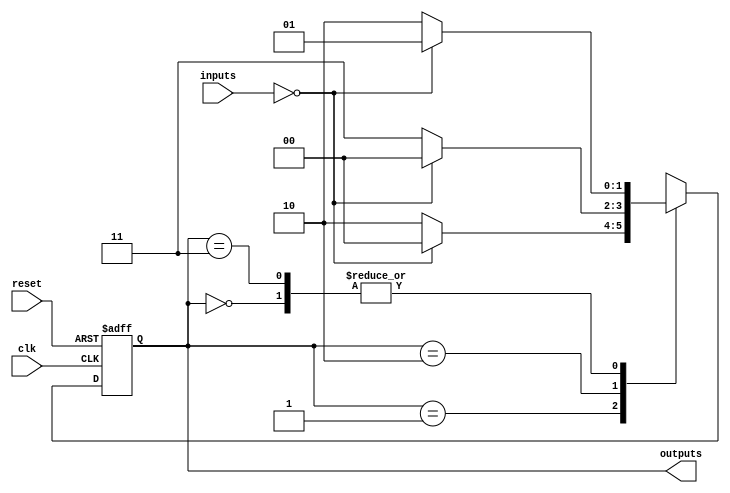
module moore_state_machine (
  input clk,
  input reset,
  input [1:0] inputs,
  output reg [1:0] outputs
);


// State definitions
parameter STATE_A = 2'b00;
parameter STATE_B = 2'b01;
parameter STATE_C = 2'b10;
parameter STATE_D = 2'b11;

// State register
reg [1:0] current_state, next_state;

// Output logic
assign outputs = current_state;

// State transitions
always @(posedge clk or posedge reset) begin
  if (reset) begin
    current_state <= STATE_A;
  end else begin
    current_state <= next_state;
  end
end

// State transition logic
always @(*) begin
  case (current_state)
    STATE_A: begin
      if (inputs == 2'b00) begin
        next_state = STATE_B;
      end else begin
        next_state = STATE_C;
      end
    end
    STATE_B: begin
      if (inputs == 2'b00) begin
        next_state = STATE_A;
      end else begin
        next_state = STATE_C;
      end
    end
    STATE_C: begin
      if (inputs == 2'b00) begin
        next_state = STATE_A;
      end else begin
        next_state = STATE_D;
      end
    end
    STATE_D: begin
      if (inputs == 2'b00) begin
        next_state = STATE_B;
      end else begin
        next_state = STATE_C;
      end
    end
  endcase
end

endmodule